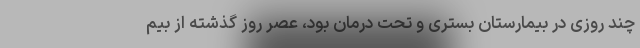
چند روزی در بیمارستان بستری و تحت درمان بود، عصر روز گذشته از بیم